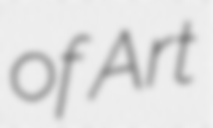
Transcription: of Art